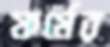
ফর্মের